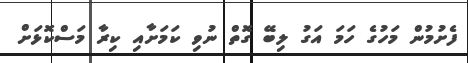
ފެށުމުން މަހުގެ ހަމަ އަގު ލިބޭ ގޮތް ނުވި ކަމަށާއި ކިރާ މަސްކޮޅަށް